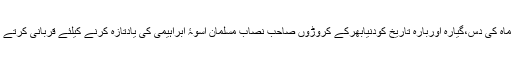
اس ماہ کی دس،گیارہ اوربارہ تاریخ کودنیابھرکے کروڑوں صاحب نصاب مسلمان اسوۂ ابراہیمی کی یادتازہ کرنے کیلئے قربانی کرتے ہیں۔